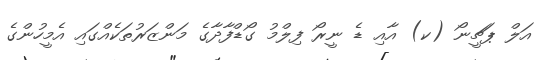
އަލް ޕަޗީނޯ (ކ) އާއި ޑެ ނީރޯ ފިލްމު ގޯޑްފާދާގެ މަންޒަރުތަކެއްގައި އެމީހުންގެ